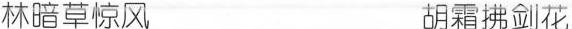
林暗草惊风 胡霜拂剑花